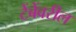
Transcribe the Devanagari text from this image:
टेंबेंवरील